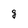
Character: g